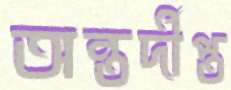
অন্তর্দীপ্ত